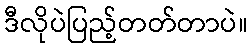
ဒီလိုပဲပြည့်တတ်တာပဲ။